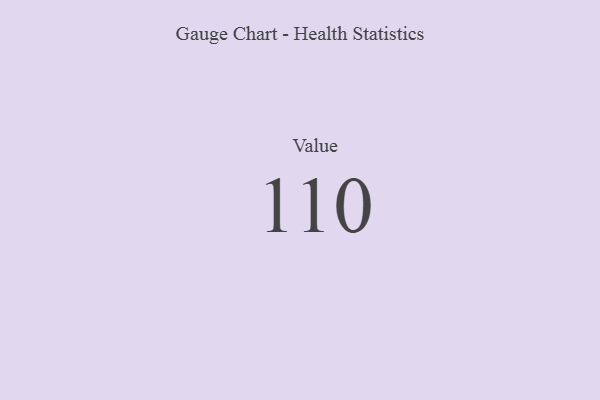
{"axis": {"x": "Metric", "y": "Value"}, "legend": [""], "data": [{"x": "Value", "y": 110, "type": ""}]}